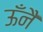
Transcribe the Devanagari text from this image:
ऊँनै